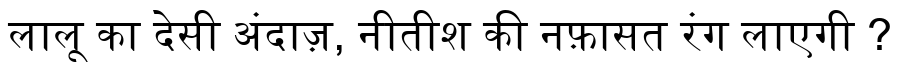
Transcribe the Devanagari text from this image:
लालू का देसी अंदाज़, नीतीश की नफ़ासत रंग लाएगी ?